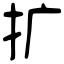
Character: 扩